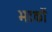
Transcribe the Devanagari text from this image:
भटकों